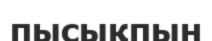
пысықпын